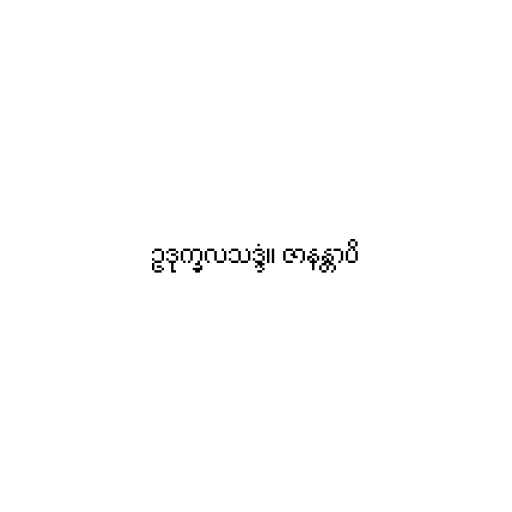
ဥဒုက္ခလသဒ္ဒံ။ ဇာနန္တာပိ